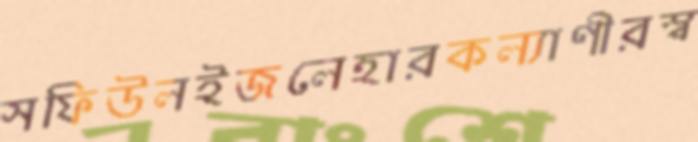
সফিউলইজলেহারকল্যাণীরস্ব